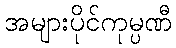
အများပိုင်ကုမ္ပဏီ